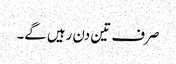
صرف تین دن رہیں گے۔